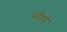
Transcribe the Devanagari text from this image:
भीने